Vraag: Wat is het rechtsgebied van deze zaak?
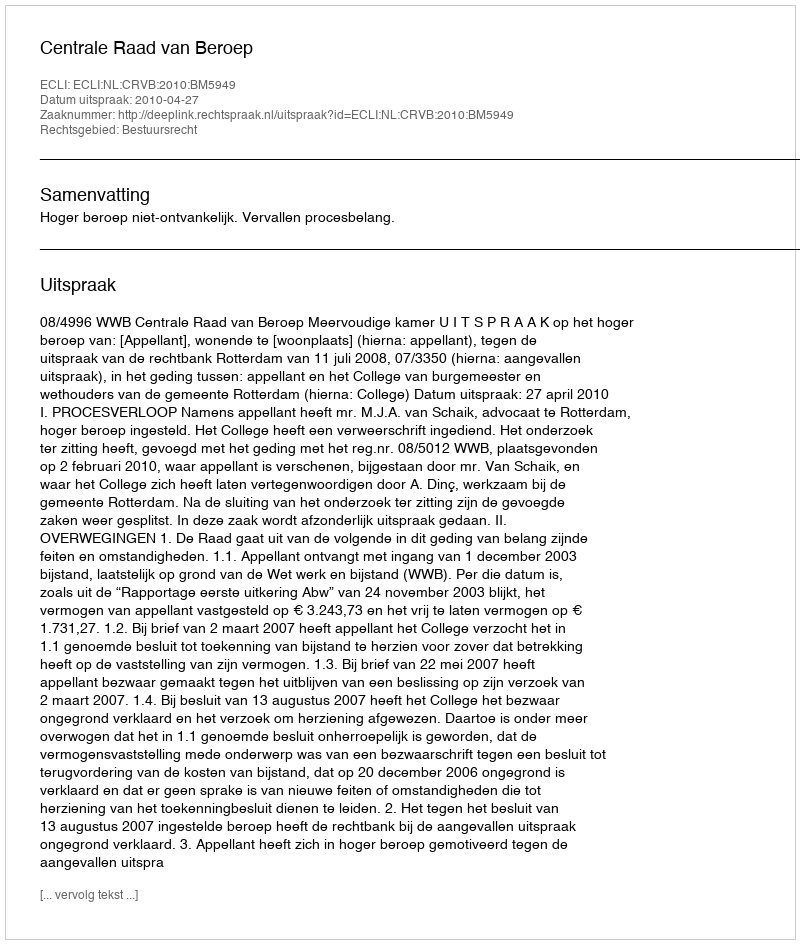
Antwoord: Bestuursrecht